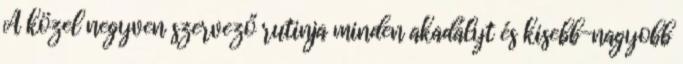
A közel negyven szervező rutinja minden akadályt és kisebb-nagyobb